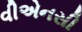
વીએનસી